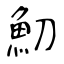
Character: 魛